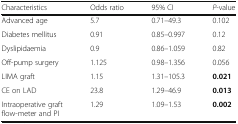
<table><thead><tr><td><b>Characteristics</b></td><td><b>Odds ratio</b></td><td><b>95% CI</b></td><td><b><i>P</i>-value</b></td></tr></thead><tbody><tr><td>Advanced age</td><td>5.7</td><td>0.71–49.3</td><td>0.102</td></tr><tr><td>Diabetes mellitus</td><td>0.91</td><td>0.85–0.997</td><td>0.12</td></tr><tr><td>Dyslipidaemia</td><td>0.9</td><td>0.86–1.059</td><td>0.82</td></tr><tr><td>Off-pump surgery</td><td>1.125</td><td>0.98–1.356</td><td>0.056</td></tr><tr><td>LIMA graft</td><td>1.15</td><td>1.31–105.3</td><td><b>0.021</b></td></tr><tr><td>CE on LAD</td><td>23.8</td><td>1.29–46.9</td><td><b>0.013</b></td></tr><tr><td>Intraoperative graft flow-meter and PI</td><td>1.29</td><td>1.09–1.53</td><td><b>0.002</b></td></tr></tbody></table>